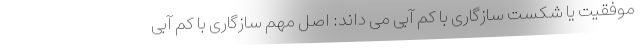
موفقیت یا شکست سازگاری با کم آبی می داند: اصل مهم سازگاری با کم آبی